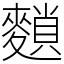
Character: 䵀